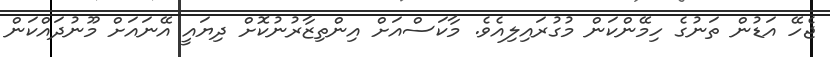
ޖެހޭ އަޑުން ތަނުގެ ހިމޭންކަން މުގުރައިލިއެވެ. މާކަސްއަށް އިންތިޒާރުނުކޮށް ދިޔައީ އޭނައަށް މޫނުދައްކަން